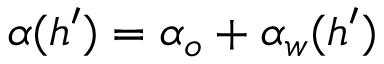
\alpha ( h ^ { \prime } ) = \alpha _ { o } + \alpha _ { w } ( h ^ { \prime } )